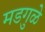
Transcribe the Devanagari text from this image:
मडगुळे